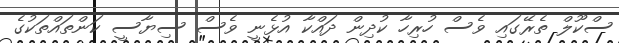
ސްކޫލް ތެރޭގައި ވެސް ހުރިހާ ކުދިން ދައްކާ އުޅެނީ ވެސް ސިޔާސީ ކަންތައްތަކުގެ